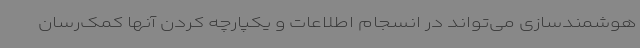
هوشمندسازی می‌تواند در انسجام اطلاعات و یکپارچه کردن آنها کمک‌رسان